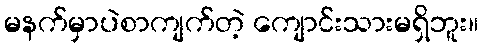
မနက်မှာပဲစာကျက်တဲ့ ကျောင်းသားမရှိဘူး။